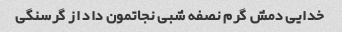
خدایی دمش گرم نصفه شبی نجاتمون داد از گرسنگی